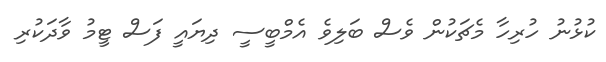
ކުޅުނު ހުރިހާ މެޗަކުން ވެސް ބަލިވެ އެމްބީސީ ދިޔައީ ފަސް ޓީމު ވާދަކުރި